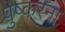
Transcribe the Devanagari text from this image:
पुष्करना